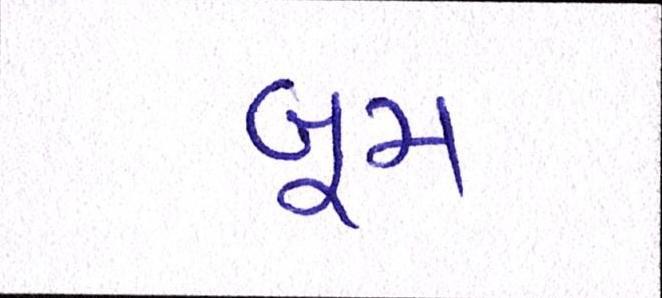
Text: બૂમ